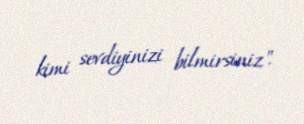
kimi sevdiyinizi bilmirsiniz".